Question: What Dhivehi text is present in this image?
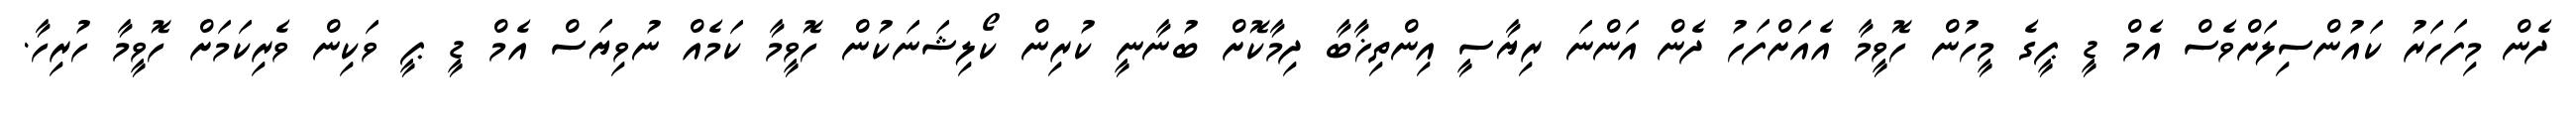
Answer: ދެން މިފަހަރު ކައުންސިލަށްވެސް އެމް ޑީ ޕީގެ މީހުން ހޮވީމާ އެއަށްފަހު ދެން އަންނަ ރިޔާސީ އިންތިޚާބާ ދިމާކޮށް ބުނާނީ ކުރިން ކޯލިޝަނަކުން ހޮވީމާ ކަމެއް ނުވިޔަސް އެމް ޑީ ޕީ ވަކިން ވެރިކަމަށް ހޮވީމާ ހުރިހާ.